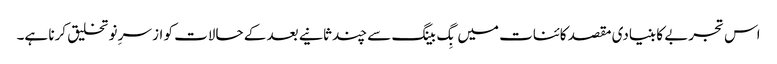
اس تجربے کا بنیادی مقصد کائنات میں بِگ بینگ سے چند ثانیے بعد کے حالات کو از سرِ نو تخلیق کرنا ہے۔